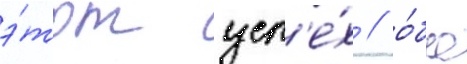
э́тот усп'е́х / о́ба